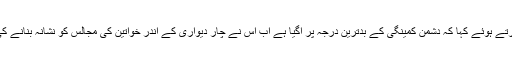
انہوں نے خواتین کی مجالس پر ہونے والے حملوں پر شدید دکھ کا اظہار کرتے ہوئے کہا کہ دشمن کمینگی کے بدترین درجہ پر آگیا ہے اب اس نے چار دیواری کے اندر خواتین کی مجالس کو نشانہ بنانے کی ٹھان لی ہے اور ہماری خواتین کو شناخت کرکے شہید کیا جانے لگا ہے۔